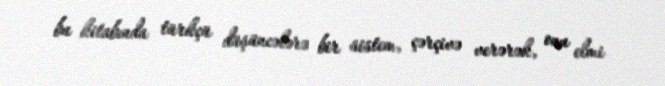
bu kitabında türkçü düşüncələrə bir sistem, çərçivə verərək, onu elmi